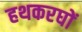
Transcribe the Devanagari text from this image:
हथकरघों